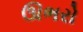
ઊભરો